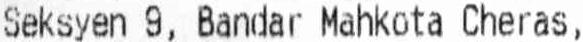
SEKSYEN 9, BANDAR MAHKOTA CHERAS,